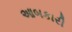
આબકારી